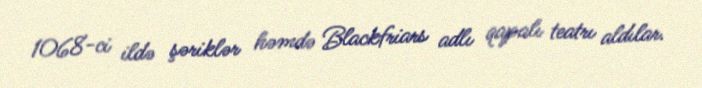
1068-ci ildə şəriklər həmdə Blackfriars adlı qapalı teatrı aldılar.